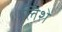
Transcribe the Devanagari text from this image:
लिशे